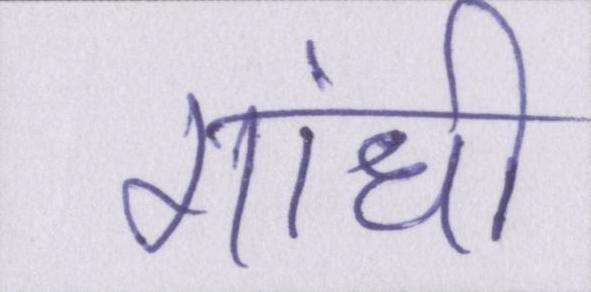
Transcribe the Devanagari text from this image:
गांधी